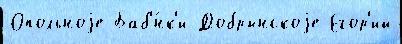
Опольноjе Баб'́нк'и Добрынскоjе Егор'ий